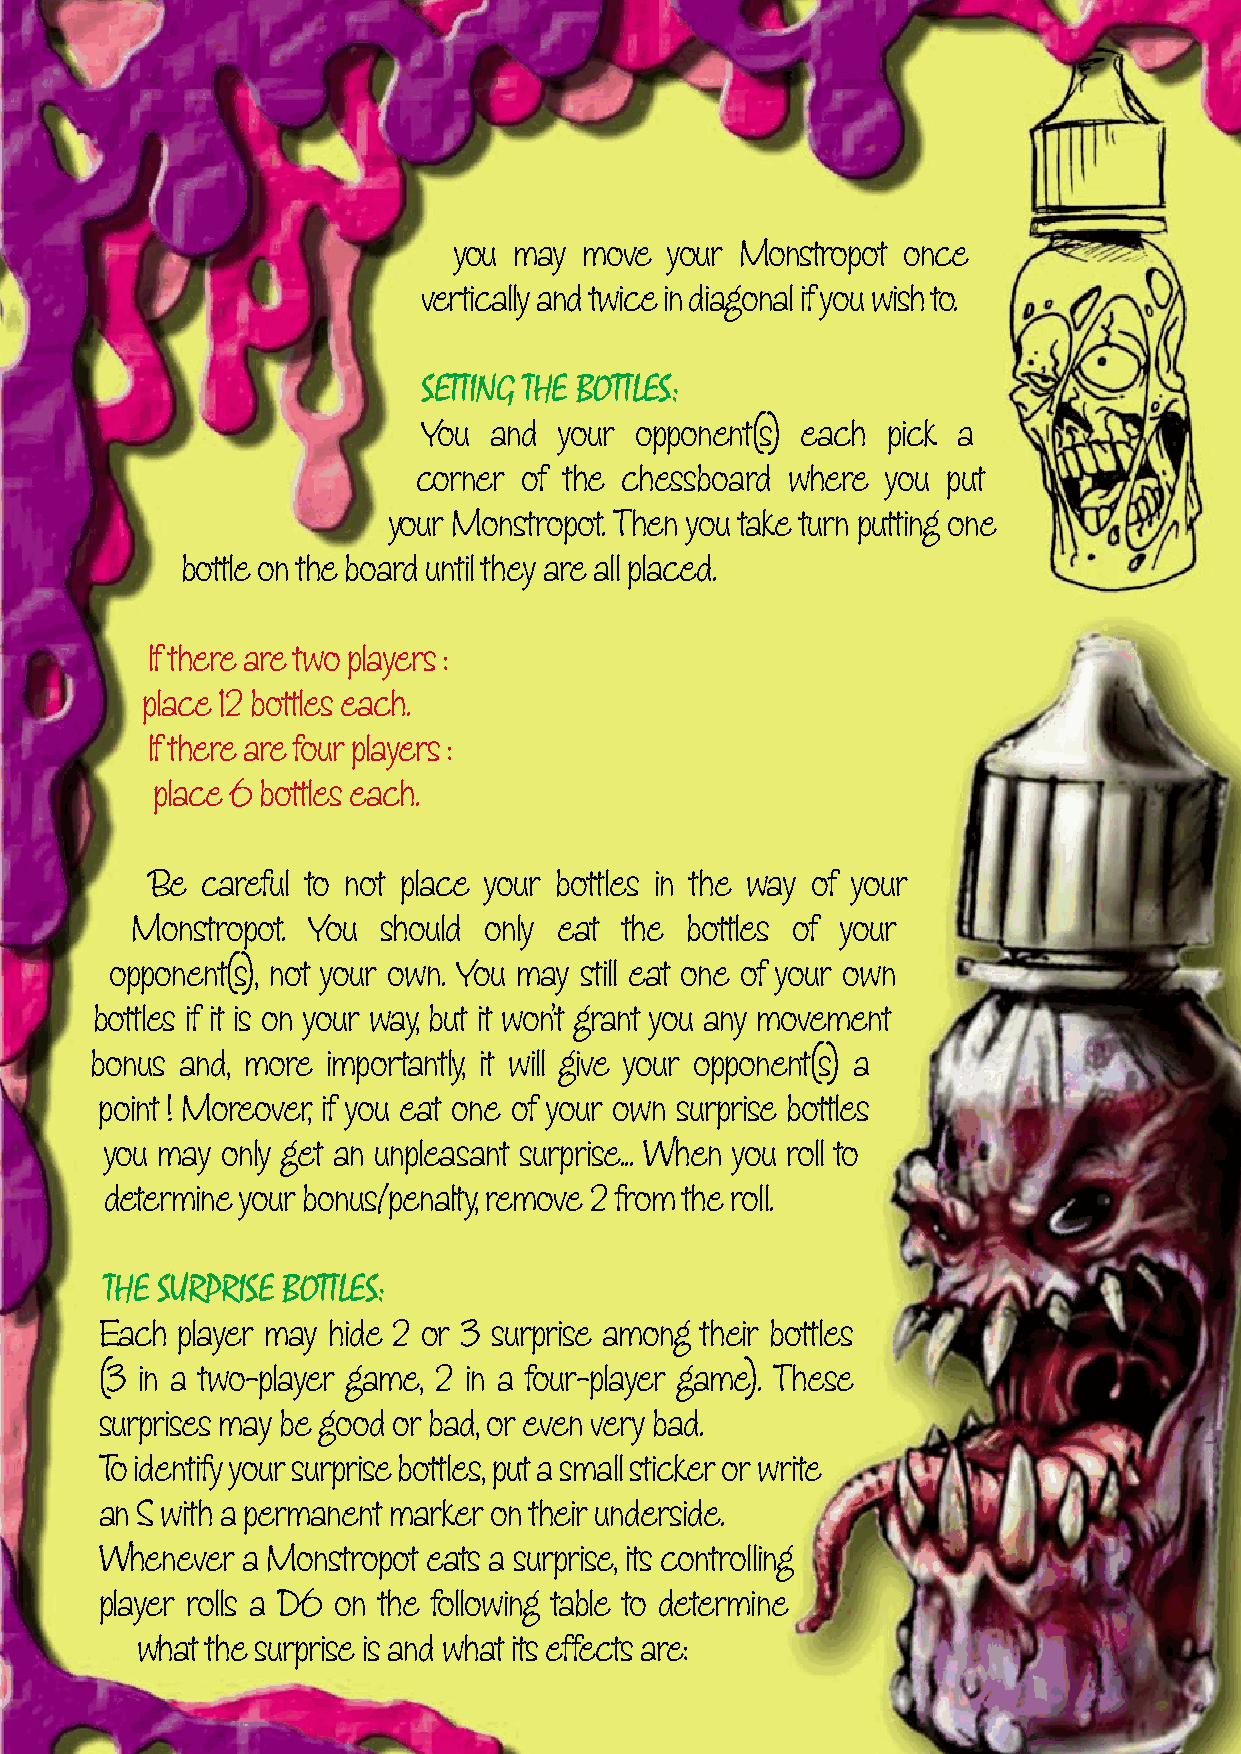
you may  move your Monstropot once
 vertically and twice in diagonal if you wish to.
 SETTING THE BOTTLES:
 You and  your opponent(s) each pick a
 corner of the chessboard where you put
 your Monstropot. Then you take turn putting one
 bottle on the board until they are all placed.
 If there are two players :
 place 12 bottles each.
 If there are four players :
 place 6 bottles each.
 Be careful to not place your bottles in the way of your
 Monstropot. You should only eat the bottles of your
 opponent(s), not your own. You may still eat one of your own
 bottles if it is on your way, but it won’t grant you any movement
 bonus and, more importantly, it will give your opponent(s) a
 point ! Moreover, if you eat one of your own surprise bottles
 you may only get an unpleasant surprise... When you roll to
 determine your bonus/penalty, remove 2 from the roll.
 THE SURPRISE BOTTLES:
 Each player may hide 2 or 3 surprise among their bottles
 (3 in a two-player game, 2 in a four-player game). These
 surprises may be good or bad, or even very bad.
 To identify your surprise bottles, put a small sticker or write
 an S with a permanent marker on their underside.
 Whenever a Monstropot eats a surprise, its controlling
 player rolls a D6 on the following table to determine
 what the surprise is and what its effects are: